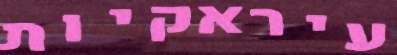
עיראקיות